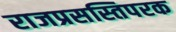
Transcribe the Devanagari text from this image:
राजप्रसस्तिपरक